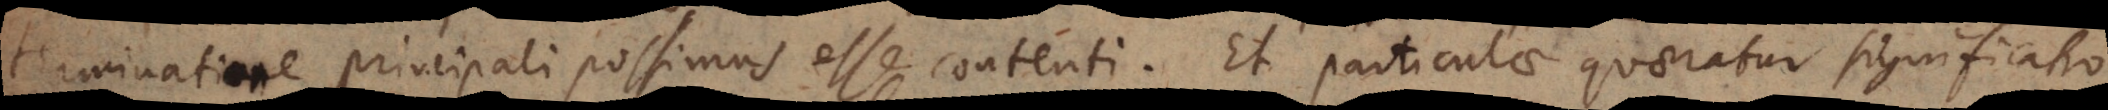
terminatione principali possimus esse contenti. Et particulae quaeratur significatio